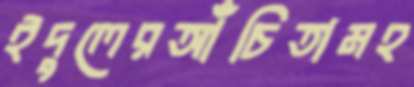
ইদুলেরআঁচিতামহ